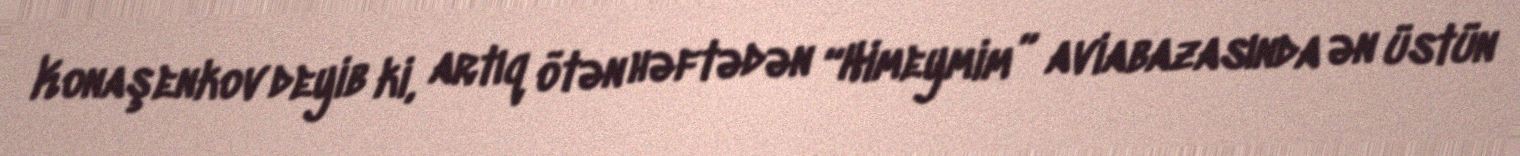
Konaşenkov deyib ki, artıq ötən həftədən “Himeymim” aviabazasında ən üstün